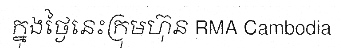
ក្នុងថ្ងៃនេះក្រុមហ៊ុន RMA Cambodia